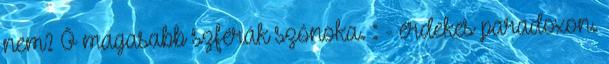
nem? Ő magasabb szférák szónoka. : - érdekes paradoxon.